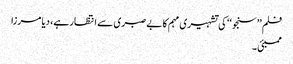
فلم ’’سنجو‘‘ کی تشہیری مہم کا بے صبری سے انتظار ہے، دیا مرزا
ممبئی ۔